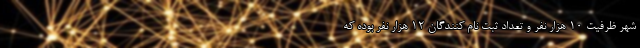
شهر ظرفیت ۱۰ هزار نفر و تعداد ثبت نام کنندگان ۱۲ هزار نفر بوده که